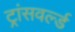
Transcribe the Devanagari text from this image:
ट्रांसवर्ल्ड